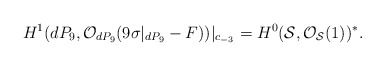
\begin{align*}H^{1} (dP_9, {\cal O}_{dP_9} (9 \sigma|_{dP_9} -F))|_{c_{-3}}=H^{0} ({\cal S}, {\cal O}_{{\cal S}} (1))^{*}.\end{align*}